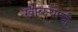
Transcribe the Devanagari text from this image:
खोबर्‍याची